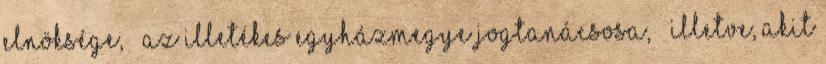
elnöksége, – az illetékes egyházmegye jogtanácsosa, – illetve, akit